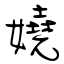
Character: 嬈